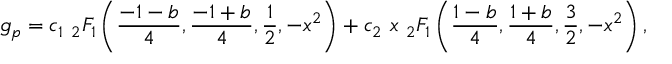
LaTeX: g _ { p } = c _ { 1 } \ { _ 2 } F _ { 1 } \left( \frac { - 1 - b } { 4 } , \frac { - 1 + b } { 4 } , \frac { 1 } { 2 } , - x ^ { 2 } \right) + c _ { 2 } \ x \ { _ 2 } F _ { 1 } \left( \frac { 1 - b } { 4 } , \frac { 1 + b } { 4 } , \frac { 3 } { 2 } , - x ^ { 2 } \right) ,